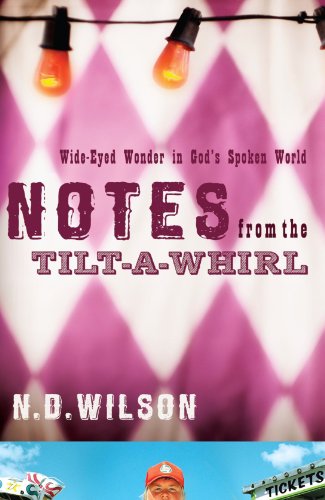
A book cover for Notes From The Tilt-A-Whirl: Wide-Eyed Wonder in God's Spoken World; N. D. Wilson; Religion & Spirituality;